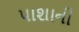
પાશાની